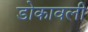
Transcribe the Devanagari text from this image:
डोकावली